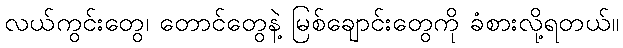
လယ်ကွင်းတွေ၊ တောင်တွေနဲ့ မြစ်ချောင်းတွေကို ခံစားလို့ရတယ်။